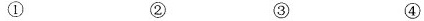
① ② ③ ④